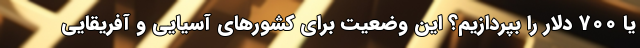
یا 700 دلار را بپردازیم؟ این وضعیت برای کشورهای آسیایی و آفریقایی